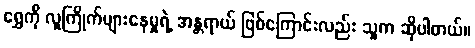
ရွှေကို လူကြိုက်များနေမှုရဲ့ အန္တရာယ် ဖြစ်ကြောင်းလည်း သူက ဆိုပါတယ်။